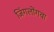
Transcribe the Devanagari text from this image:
जिंगलोंगवा